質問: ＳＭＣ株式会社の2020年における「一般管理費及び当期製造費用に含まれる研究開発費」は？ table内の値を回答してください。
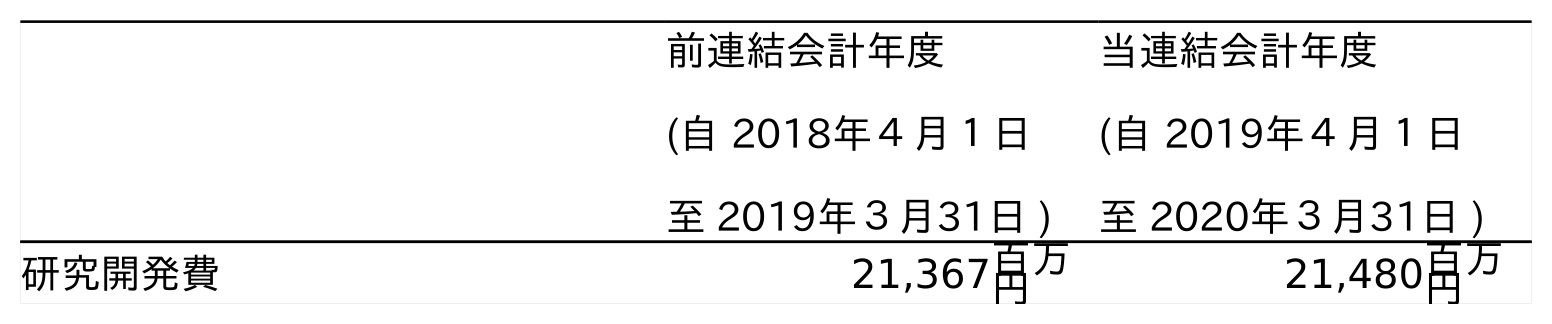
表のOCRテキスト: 前連結会計年度 (自 2018年４月１日 至 2019年３月31日 ) 当連結会計年度 (自 2019年４月１日 至 2020年３月31日 ) 研究開発費 21,367百万 円 21,480百万 円
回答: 21,480